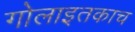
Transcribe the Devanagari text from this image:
गोलाइतकाच